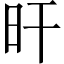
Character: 旰